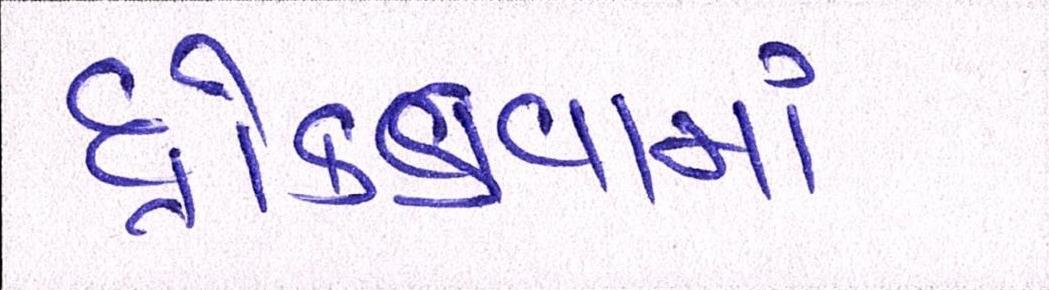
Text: ધ્રોકડવામાં